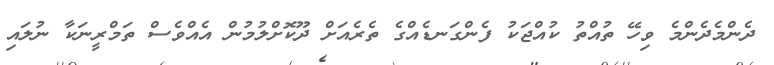
ދެންމެދެންމެ ވިހޭ ތުއްތު ކުއްޖަކު ފެންގަނޑެއްގެ ތެރެއަށް ދޫކޮށްލުމުން އެއްވެސް ތަމްރީނަކާ ނުލައި